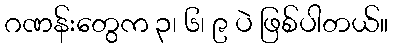
ဂဏန်းတွေက ၃၊ ၆၊ ၉ ပဲ ဖြစ်ပါတယ်။